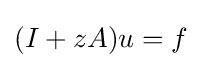
(I+zA)u=f